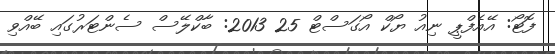
ފޮޓޯ: އޭއެފްޕީ ނިއު ޔޯކް އޯގަސްޓް 25 2013: ބާކްލޭސް ސެންޓަރުގައި ބޭއްވި